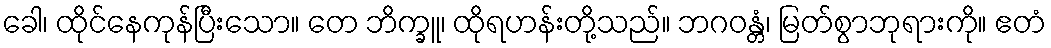
ခေါ၊ ထိုင်နေကုန်ပြီးသော။ တေ ဘိက္ခူ၊ ထိုရဟန်းတို့သည်။ ဘဂဝန္တံ၊ မြတ်စွာဘုရားကို။ ဧတံ